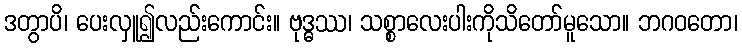
ဒတွာပိ၊ ပေးလှူ၍လည်းကောင်း။ ဗုဒ္ဓဿ၊ သစ္စာလေးပါးကိုသိတော်မူသော။ ဘဂဝတော၊